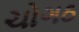
ચોગઠ